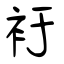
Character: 衧